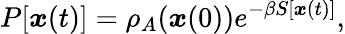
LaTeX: P[{\boldsymbol{x}}(t)]=\rho_{A}({\boldsymbol{x}}(0))e^{-\beta S[{\boldsymbol{x}}(t)]},